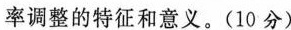
率调整的特征和意义。(10分)